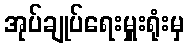
အုပ်ချုပ်ရေးမှူးရုံးမှ